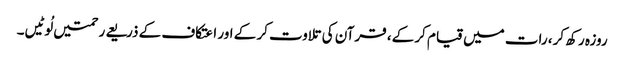
روزہ رکھ کر، رات میں قیام کر کے، قرآن کی تلاوت کر کے اور اعتکاف کے ذریعے رحمتیں لُوٹیں۔